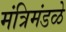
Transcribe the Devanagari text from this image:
मंत्रिमंडळे